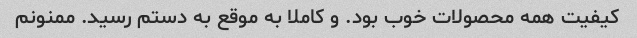
کیفیت همه محصولات خوب بود. و کاملا به موقع به دستم رسید. ممنونم